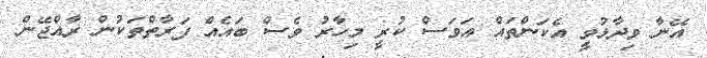
އޭނާ ވިދާޅުވީ އެކަންތައް އަވަސް ކުރީ މިހާރު ވެސް ބައެއް ފަރާތްތަކުން ރާއްޖޭން